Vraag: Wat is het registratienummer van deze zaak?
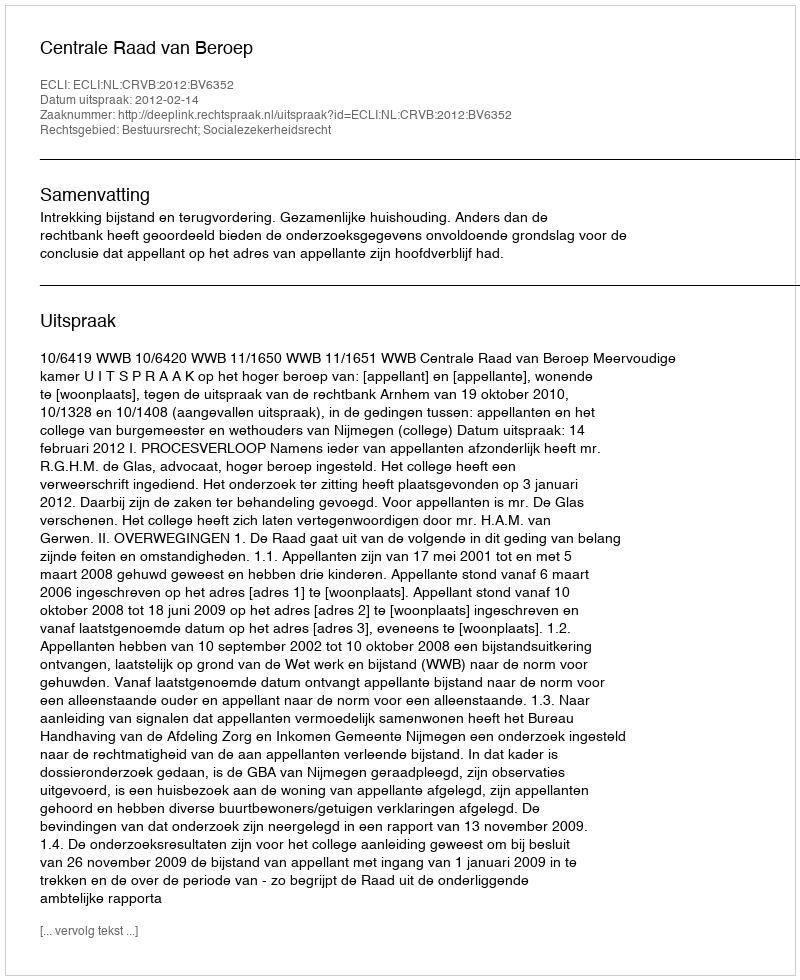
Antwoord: http://deeplink.rechtspraak.nl/uitspraak?id=ECLI:NL:CRVB:2012:BV6352